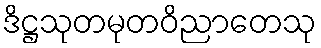
ဒိဋ္ဌသုတမုတဝိညာတေသု